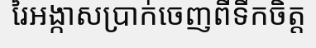
រៃអង្កាសប្រាក់ចេញពីទឹកចិត្ត